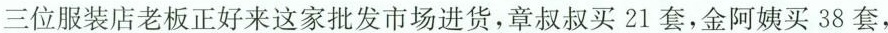
三位服装店老板正好来这家批发市场进货，章叔叔买21套，金阿姨买38套，